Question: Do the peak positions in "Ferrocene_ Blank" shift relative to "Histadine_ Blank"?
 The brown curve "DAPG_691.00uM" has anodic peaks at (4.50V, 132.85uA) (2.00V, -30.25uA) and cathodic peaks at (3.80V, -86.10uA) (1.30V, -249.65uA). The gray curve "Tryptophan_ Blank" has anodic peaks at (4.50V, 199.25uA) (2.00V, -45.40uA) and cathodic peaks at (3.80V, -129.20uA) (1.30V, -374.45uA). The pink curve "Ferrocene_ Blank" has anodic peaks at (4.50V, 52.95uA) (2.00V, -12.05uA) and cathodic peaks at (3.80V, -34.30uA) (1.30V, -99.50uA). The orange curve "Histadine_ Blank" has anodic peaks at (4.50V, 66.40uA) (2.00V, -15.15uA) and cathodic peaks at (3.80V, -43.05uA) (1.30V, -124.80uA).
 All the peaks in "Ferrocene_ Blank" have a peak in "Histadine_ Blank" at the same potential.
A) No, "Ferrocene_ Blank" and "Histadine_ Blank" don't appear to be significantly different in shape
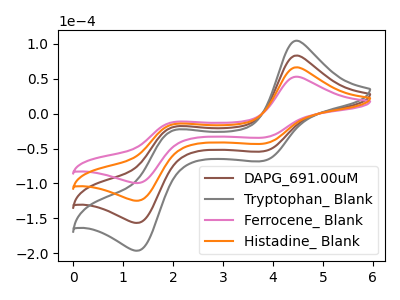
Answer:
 <answer>A) No, "Ferrocene_ Blank" and "Histadine_ Blank" don't appear to be significantly different in shape</answer>
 <eval>A</eval>